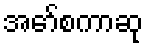
အော်စကာဆု